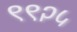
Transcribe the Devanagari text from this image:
९९२५